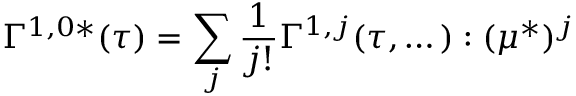
\Gamma ^ { 1 , 0 * } ( \tau ) = \sum _ { j } \frac { 1 } { j ! } \Gamma ^ { 1 , j } ( \tau , \dots ) : ( \mu ^ { * } ) ^ { j }